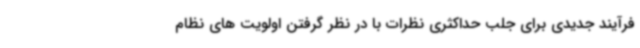
فرآیند جدیدی برای جلب حداکثری نظرات با در نظر گرفتن اولویت های نظام